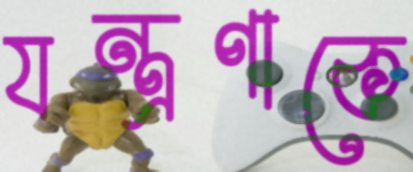
যন্ত্রণাকে